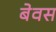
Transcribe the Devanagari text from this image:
बेवस